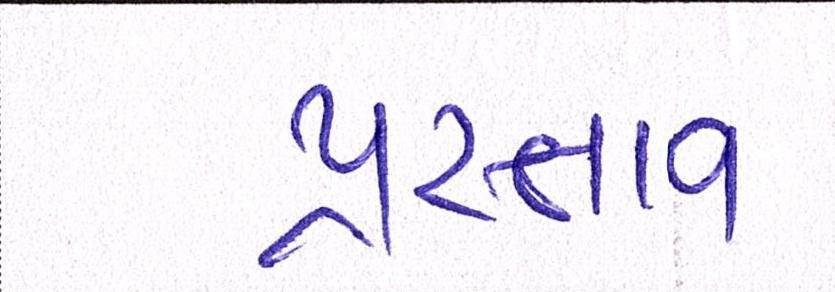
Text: પ્રસ્તાવ